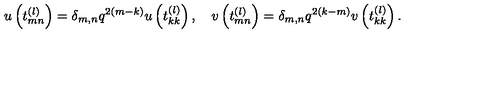
u \left( t _ { m n } ^ { ( l ) } \right) = \delta _ { m , n } q ^ { 2 ( m - k ) } u \left( t _ { k k } ^ { ( l ) } \right) , \quad v \left( t _ { m n } ^ { ( l ) } \right) = \delta _ { m , n } q ^ { 2 ( k - m ) } v \left( t _ { k k } ^ { ( l ) } \right) .